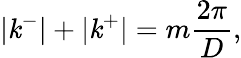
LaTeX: |\mathit{k}^{-}|+|\mathit{k}^{+}|=m\frac{{2\pi}}{{D}},